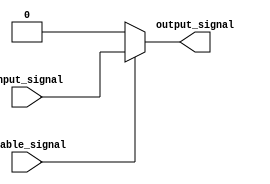
module active_high_buffer (
    input wire input_signal,
    input wire enable_signal,
    output reg output_signal
);

always @ (input_signal, enable_signal)
begin
    if (enable_signal)
        output_signal <= input_signal;
    else
        output_signal <= 1'b0;
end

endmodule